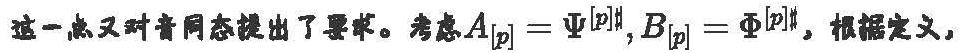
这一点又对音同态提出了要求。考虑$A_{[p]} = \Psi^{[p]\sharp}, B_{[p]} = \Phi^{[p]\sharp}$，根据定义，